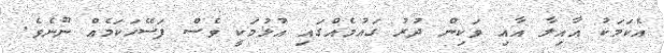
އެކަމަކު އާއިލާ އާއި ވަކިން ދުރު ގައުމެއްގައި އުޅުމަކީ ވެސް ފަސޭހަކަމެއް ނޫނެވެ.